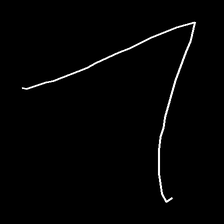
Glyph: region